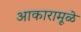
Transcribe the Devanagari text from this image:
आकारामूळे